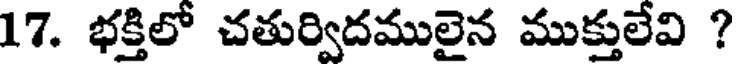
17. భక్తిలో చతుర్విదములైన ముక్తులేవి ?